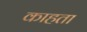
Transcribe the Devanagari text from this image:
काहता